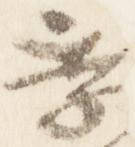
季